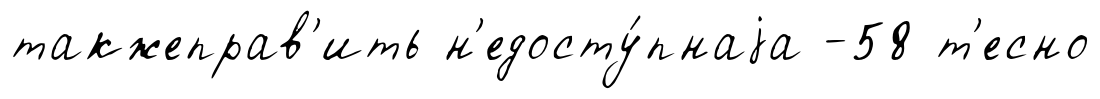
такжеправ'ить н'едосту́пнаjа -58 т'есно